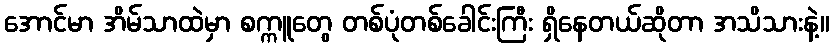
အောင်မာ အိမ်သာထဲမှာ စက္ကူတွေ တစ်ပုံတစ်ခေါင်းကြီး ရှိနေတယ်ဆိုတာ အသိသားနဲ့။